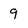
Character: 9